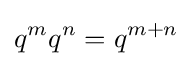
q^{m}q^{n}=q^{m+n}